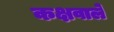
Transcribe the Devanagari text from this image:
कक्षवाले